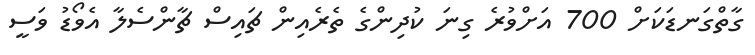
ގާތްގަނޑަކަށް 700 އަށްވުރެ ގިނަ ކުދިންގެ ތެރެއިން ޗައިސް ޗާންސެލާ އެވޯޑު ވަސީ